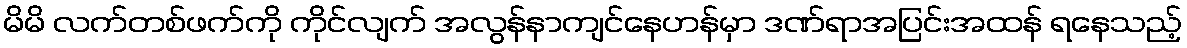
မိမိ လက်တစ်ဖက်ကို ကိုင်လျက် အလွန်နာကျင်နေဟန်မှာ ဒဏ်ရာအပြင်းအထန် ရနေသည့်